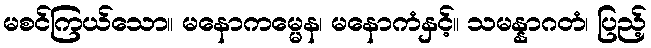
မစင်ကြယ်သော။ မနောကမ္မေန၊ မနောကံနှင့်။ သမန္နာဂတံ၊ ပြည့်